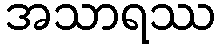
အသာရဿ